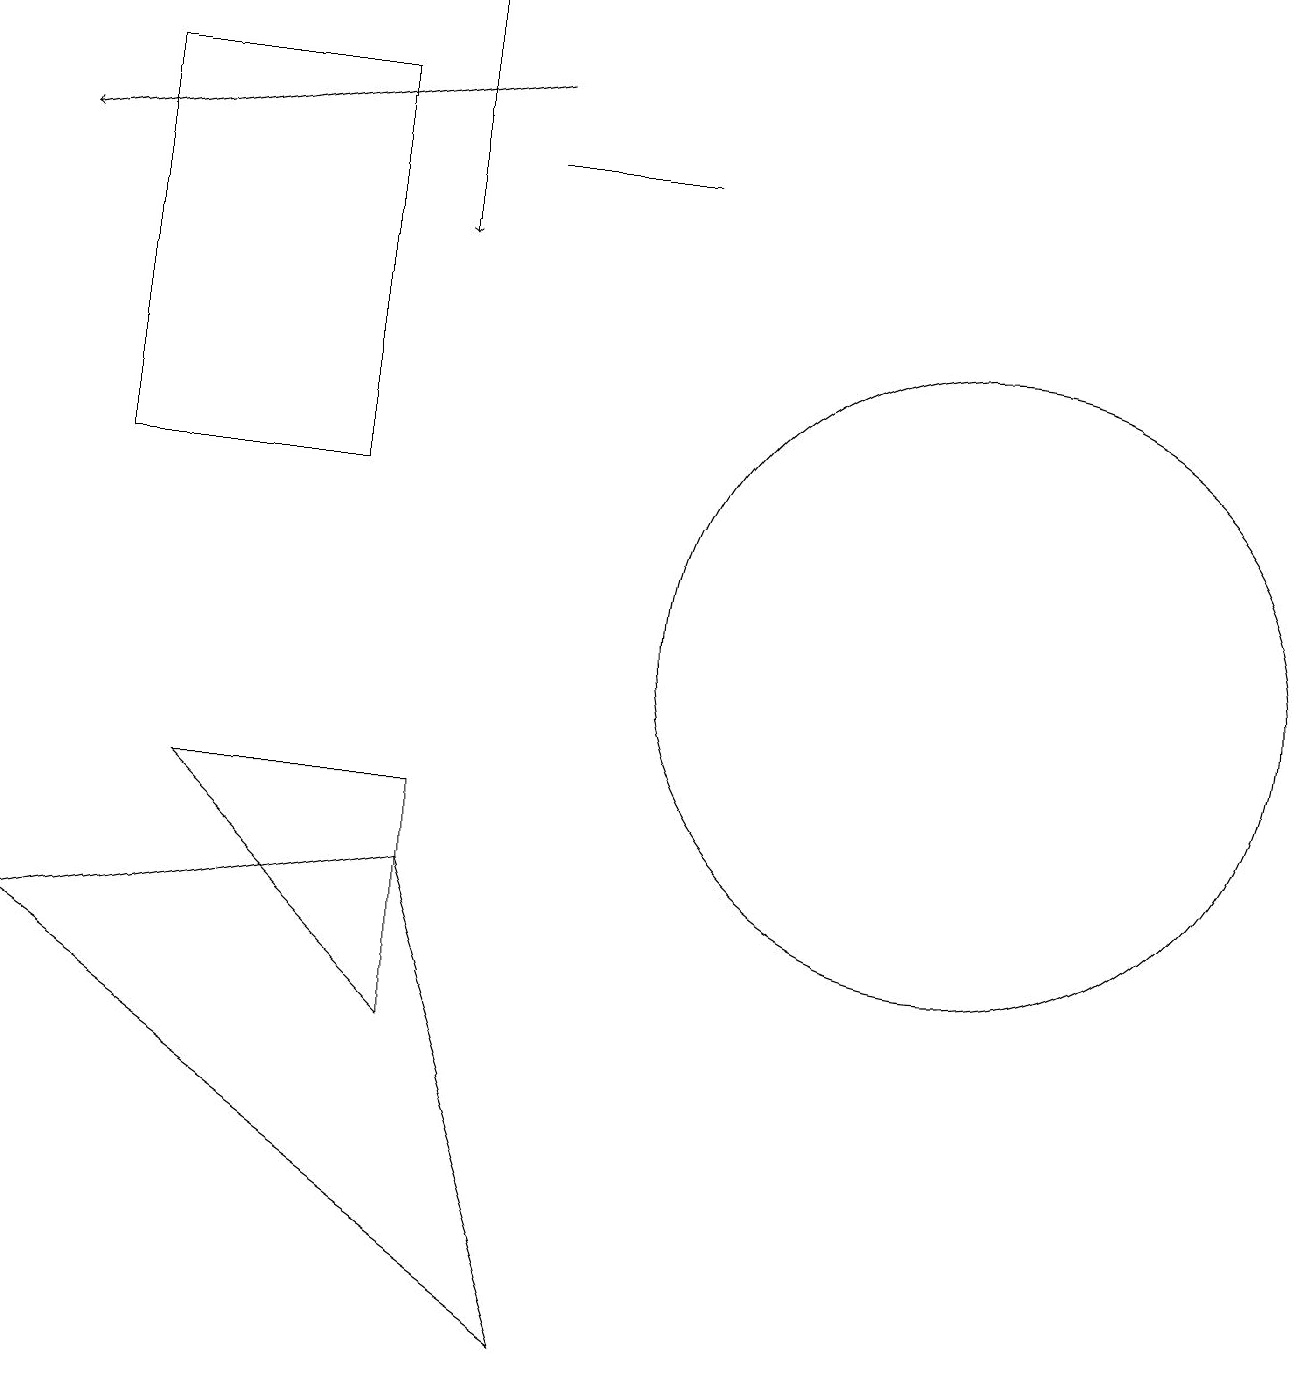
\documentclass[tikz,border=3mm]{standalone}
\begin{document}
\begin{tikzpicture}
\draw (5,7) -- (7,1) -- (0,6) -- cycle;
\draw[->] (6,17) -- (0,16);
\draw (1,17) rectangle (4,12);
\draw[->] (5,18) -- (5,15);
\draw (12,10) circle (4);
\draw (6,16) rectangle (8,16);
\draw (2,8) -- (5,8) -- (5,5) -- cycle;
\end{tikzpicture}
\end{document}